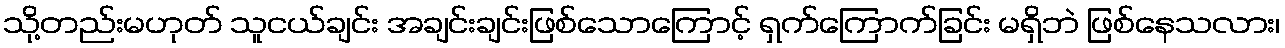
သို့တည်းမဟုတ် သူငယ်ချင်း အချင်းချင်းဖြစ်သောကြောင့် ရှက်ကြောက်ခြင်း မရှိဘဲ ဖြစ်နေသလား၊